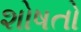
શોષતો